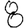
Digit: 8